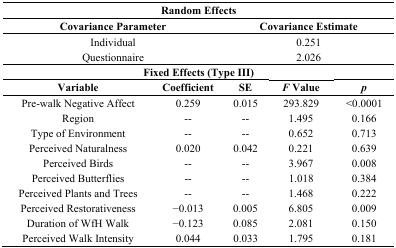
| <COLSPAN=5> Random Effects |
 | <COLSPAN=2> Covariance Parameter | <COLSPAN=3> Covariance Estimate |
 | --- | --- | --- | --- | --- |
 | <COLSPAN=2> Individual | <COLSPAN=3> 0.251 |
 | <COLSPAN=2> Questionnaire | <COLSPAN=3> 2.026 |
 | <COLSPAN=5> Fixed Effects (Type III) |
 | Variable | Coefficient | SE | F Value | p |
 | Pre-walk Negative Affect | 0.259 | 0.015 | 293.829 | <0.0001 |
 | Region | -- | -- | 1.495 | 0.166 |
 | Type of Environment | -- | -- | 0.652 | 0.713 |
 | Perceived Naturalness | 0.020 | 0.042 | 0.221 | 0.639 |
 | Perceived Birds | -- | -- | 3.967 | 0.008 |
 | Perceived Butterflies | -- | -- | 1.018 | 0.384 |
 | Perceived Plants and Trees | -- | -- | 1.468 | 0.222 |
 | Perceived Restorativeness | −0.013 | 0.005 | 6.805 | 0.009 |
 | Duration of WfH Walk | −0.123 | 0.085 | 2.081 | 0.150 |
 | Perceived Walk Intensity | 0.044 | 0.033 | 1.795 | 0.181 |